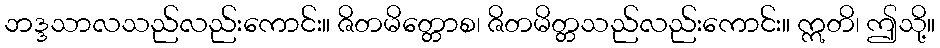
ဘဒ္ဒသာလသည်လည်းကောင်း။ ဇိတမိတ္တောစ၊ ဇိတမိတ္တသည်လည်းကောင်း။ ဣတိ၊ ဤသို့။